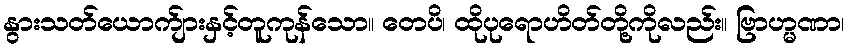
နွားသတ်ယောက်ျားနှင့်တူကုန်သော။ တေပိ၊ ထိုပုရောဟိတ်တို့ကိုလည်း။ ဗြာဟ္မဏာ၊